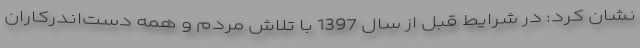
نشان کرد: در شرایط قبل از سال 1397 با تلاش مردم و همه دست‌اندرکاران